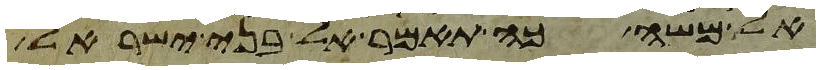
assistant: אל משה כה תאמר אל בני ישראל